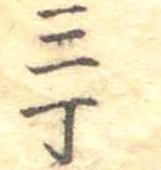
三丁